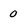
Character: 0